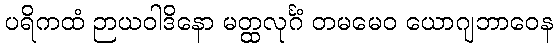
ပရိကထံ ဉာယဝါဒိနော မတ္ထလုင်္ဂံ တမမေဝ ယောဂျဘာဝေန